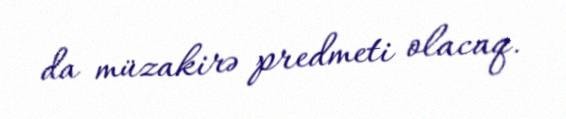
da müzakirə predmeti olacaq.